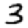
Digit: 3